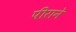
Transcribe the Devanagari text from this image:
पीराने